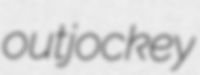
outjockey